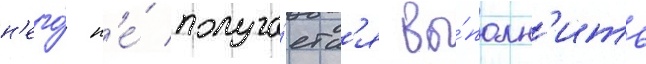
н'его́ н'е́ получа́етс'я вы́полн'ить